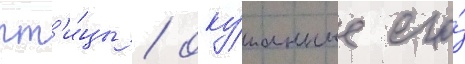
пт'и́цы / оку́танные его́